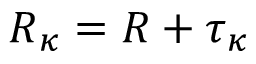
\boldsymbol { R } _ { \kappa } = \boldsymbol { R } + \boldsymbol { \tau } _ { \kappa }